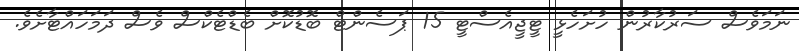
ނަމަވެސް ސަރުކާރުން ހުށަހެޅީ ޓީޖީއެސްޓީ 15 ޕަސެންޓް ބޮޑުކޮށް ބެޑްޓެކްސް ވެސް ދަމަހައްޓާށެވެ.